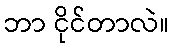
ဘာ ငိုင်တာလဲ။